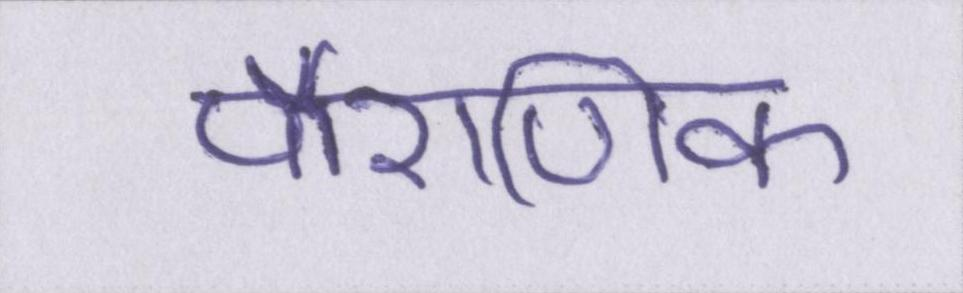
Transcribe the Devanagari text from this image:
पौराणिक